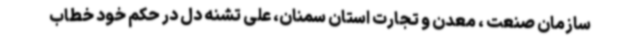
سازمان صنعت ، معدن و تجارت استان سمنان، علی تشنه دل در حکم خود خطاب